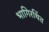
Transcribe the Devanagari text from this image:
भागिरथिंत